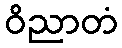
ဝိညာတံ